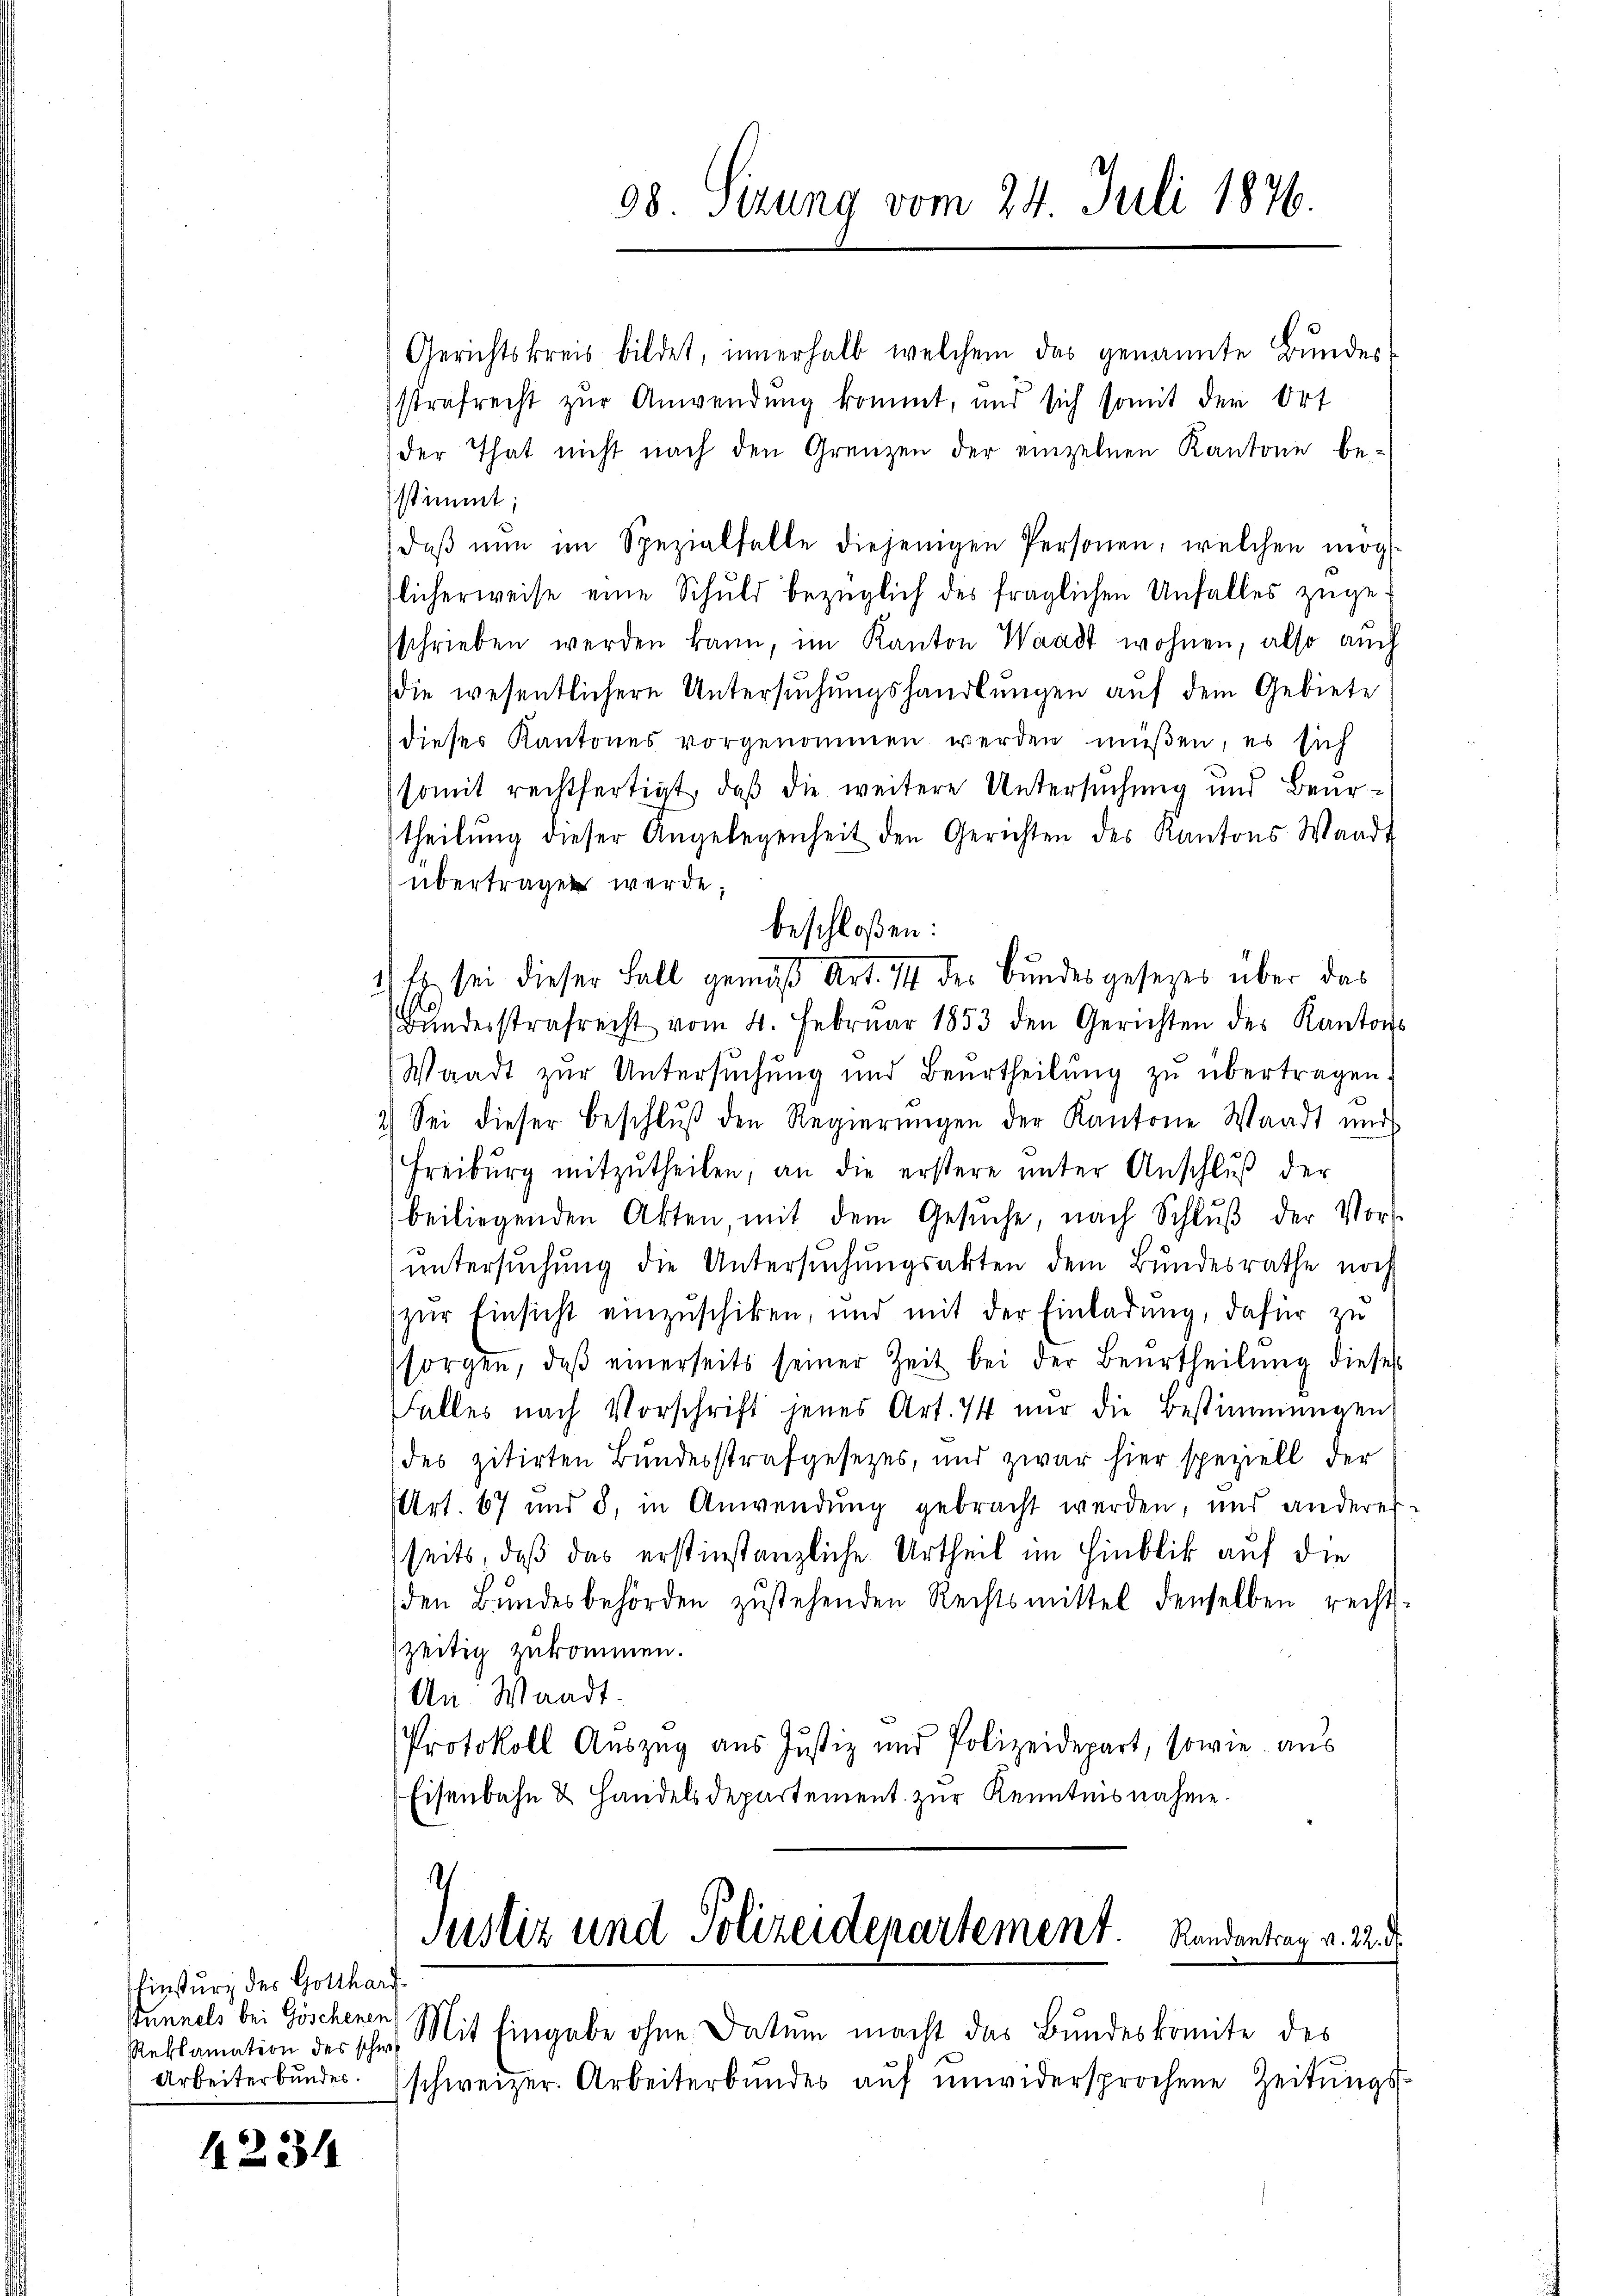
Einsturz des Gotthard.
stunnels bei Göschenen
Reklamation des schw
Arbeiterbundes.

1231

Gerichtskreis bildet, innerhalb welchem das genannte Bŭndes
strafrecht zŭr Anwendung kommt, und sich somit der Ort
der That nicht nach den Grenzen der einzelnen Kantone bestimmt;
daβ nŭn im Spezialfalle diejenigen Personen, welchen mög
flicherweise eine Schuld bezüglich des fraglichen Unfalles zugeschrieben werden kann, im Kanton Waadt wohnen, also auch
die wesentlichern Untersuchungshandlungen auf dem Gebiete
dieses Kantones vorgenommen werden müßen, es sich
somit rechtfertigt, daß die weitere Untersuchung und Beurtheilŭng dieser Angelegenheit den Gerichten des Kantons Waadt
übertragen werde;
1) Es sei dieser Fall gemäß Art. 14 der Bundesgesezes über das
Bŭndesstrafrecht vom 4. Februar 1853 den Gerichten des Kantons
Waadt zur Untersuchung und Beurtheilŭng zu übertragen
2.) Sei dieser Beschlŭβ den Regierŭngen der Kantone Waadt und
Freiburg mitzŭtheilen, an die erstere ŭnter Anschlŭβ der
beiliegenden Akten, mit dem Gesŭche, nach Schlŭβ der Vor-
untersuchung die Untersuchungsakten dem Bundesrathe noch
zŭr Einsicht einzŭschiken, und mit der Einladŭng, dafür zu
sorgen, daβ einerseits seiner Zeit bei der Beurtheilŭng dieses
Falles nach Vorschrift jenes Art. 74 nŭr die Bestimmungen
des zitirten Bundesstrafgesetzes, und zwar hier speziell der
Art. 67 und 8, in Anwendŭng gebracht werden, und anderes-
seits, daß das erstinstanzliche Urtheil im Hinblik auf die
den Bŭndesbehörden zŭstehenden Rechtsmittel denselben recht-
zeitig zukommen.
An Waadt.
Protokoll Auszug aus Justiz und Polizeidepart, sowie aus
Eisenbahn & Handelsdepartement zur Kenntnisnahme.

2
Justiz und Polizeidepartement. Randantrag v. 22. d.

98 Sizung vom 24. Juli 1876.

beschloßen:

Mit Eingabe ohne Datum macht das Bundeskomite des
schweizer. Arbeiterbundes auf unwidersprochene Zeitungs¬